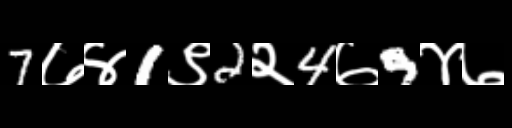
Text: 7७४1९2२4७9४७